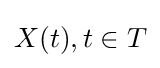
\textstyle X(t),t\in T